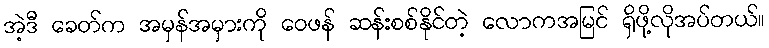
အဲ့ဒီ ခေတ်က အမှန်အမှားကို ဝေဖန် ဆန်းစစ်နိုင်တဲ့ လောကအမြင် ရှိဖို့လိုအပ်တယ်။